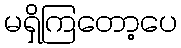
မရှိကြတော့ပေ